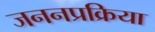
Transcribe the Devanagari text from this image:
जननप्रक्रिया